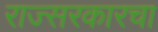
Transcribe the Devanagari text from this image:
राज्सरकारचा